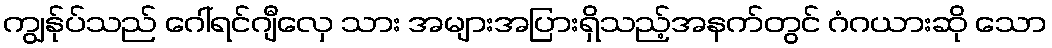
ကျွန်ုပ်သည် ဂေါ်ရင်ဂျီလှေ သား အများအပြားရှိသည့်အနက်တွင် ဂံဂယားဆို သော